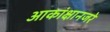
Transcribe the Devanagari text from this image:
आकांक्षानजरे